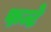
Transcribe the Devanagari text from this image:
फन्टे